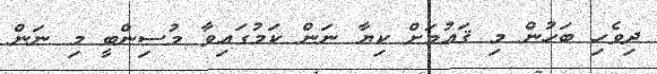
ދިވެހި ބަހުން މި ޤައުމަށް ކިޔާ ނަން ކަމުގައިވާ މުސިންބީ މި ނަން